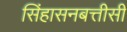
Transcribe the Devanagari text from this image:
सिंहासनबत्तीसी